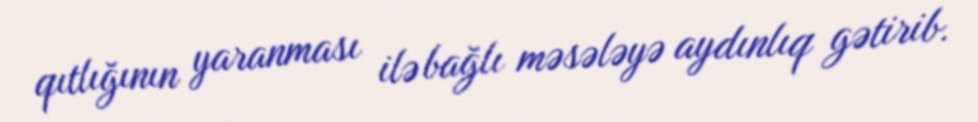
qıtlığının yaranması ilə bağlı məsələyə aydınlıq gətirib.